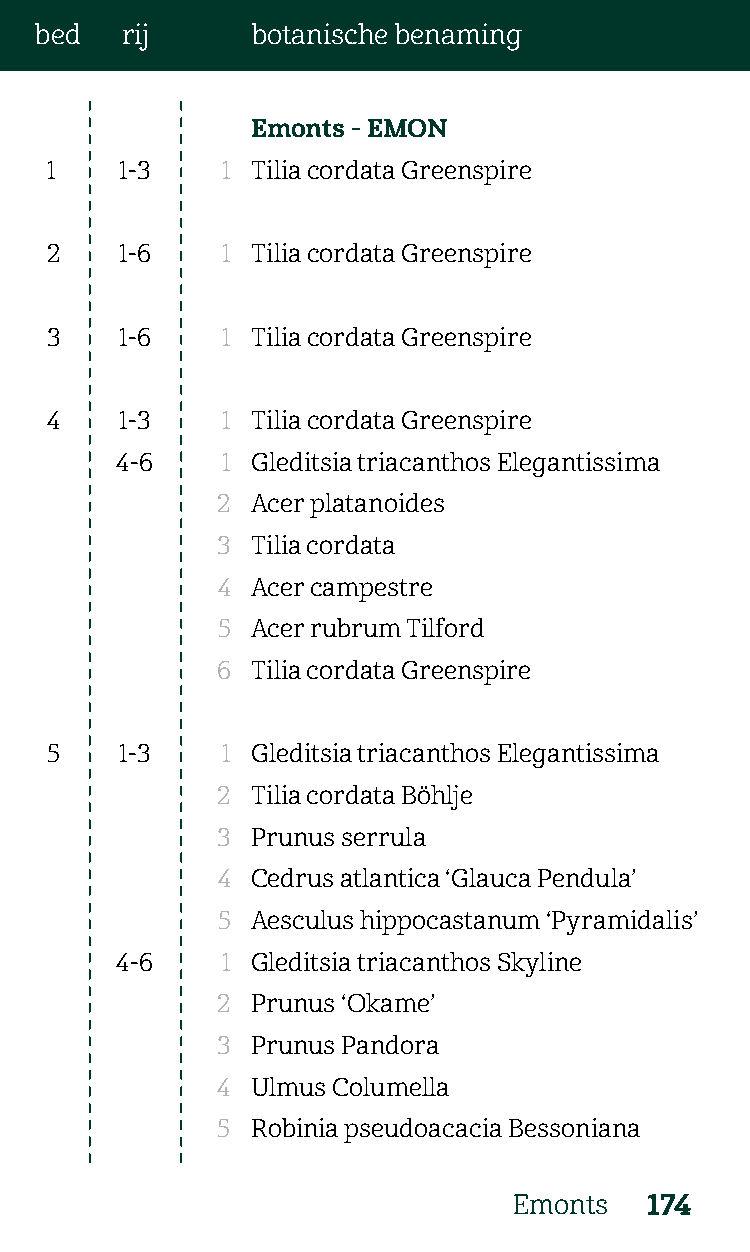
bed   rij      botanische benaming
 Emonts - EMON
 1    1-3    1 Tilia cordata Greenspire
 2    1-6    1 Tilia cordata Greenspire
 3    1-6    1 Tilia cordata Greenspire
 4    1-3    1 Tilia cordata Greenspire
 4-6    1 Gleditsia triacanthos Elegantissima
 2  Acer platanoides
 3  Tilia cordata
 4  Acer campestre
 5  Acer rubrum Tilford
 6  Tilia cordata Greenspire
 5    1-3    1 Gleditsia triacanthos Elegantissima
 2  Tilia cordata Böhlje
 3  Prunus serrula
 4  Cedrus atlantica ‘Glauca Pendula’
 5  Aesculus hippocastanum ‘Pyramidalis’
 4-6    1 Gleditsia triacanthos Skyline
 2  Prunus ‘Okame’
 3  Prunus Pandora
 4  Ulmus Columella
 5  Robinia pseudoacacia Bessoniana
 Emonts   174